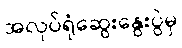
အလုပ်ရုံဆွေးနွေးပွဲမှ